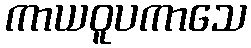
ကာယဝူပကာသေ